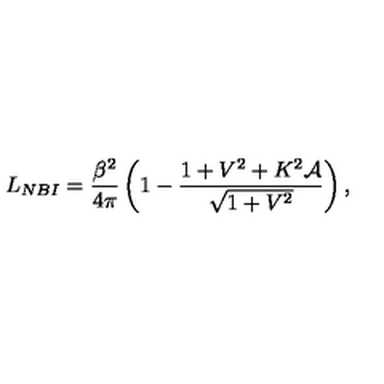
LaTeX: L _ { N B I } = \frac { \beta ^ { 2 } } { 4 \pi } \left( 1 - \frac { 1 + V ^ { 2 } + K ^ { 2 } \mathcal { A } } { \sqrt { 1 + V ^ { 2 } } } \right) ,